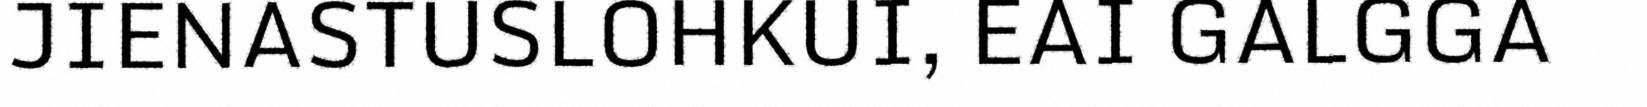
JIENASTUSLOHKUI, EAI GALGGA